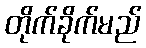
တိုက်ခိုက်မည်